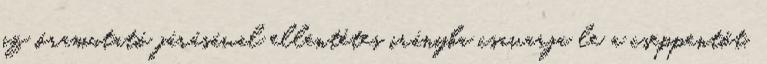
az óramutató járásával ellentétes irányba csavarja le a cseppentőt.